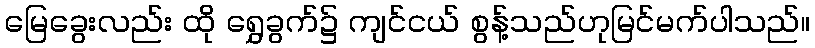
မြေခွေးလည်း ထို ရွှေခွက်၌ ကျင်ငယ် စွန့်သည်ဟုမြင်မက်ပါသည်။